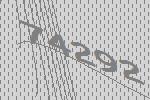
74292